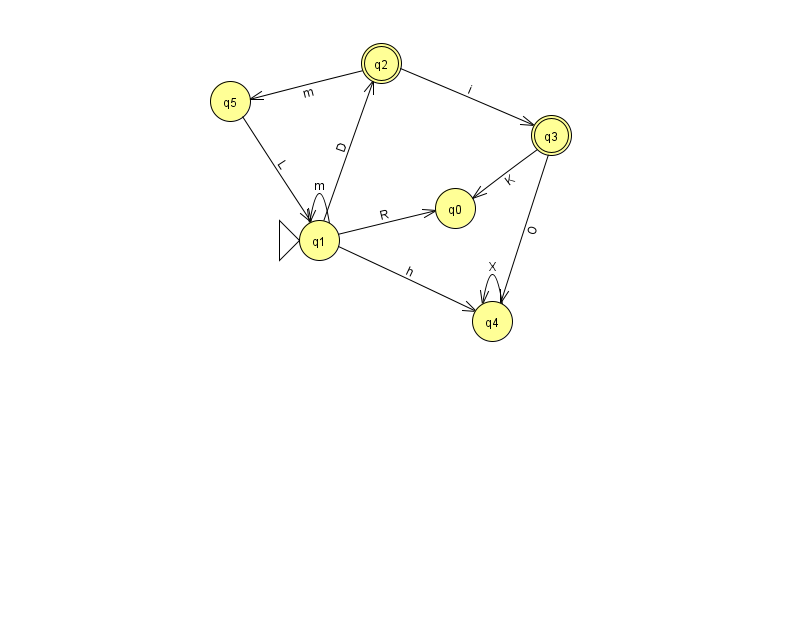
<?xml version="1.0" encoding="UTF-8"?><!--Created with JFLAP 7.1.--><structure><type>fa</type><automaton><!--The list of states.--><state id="0" name="q0"><x>455.0</x><y>195.0</y></state><state id="1" name="q1"><x>319.0</x><y>227.0</y><initial/></state><state id="2" name="q2"><x>381.0</x><y>50.0</y><final/></state><state id="3" name="q3"><x>551.0</x><y>122.0</y><final/></state><state id="4" name="q4"><x>492.0</x><y>308.0</y></state><state id="5" name="q5"><x>230.0</x><y>88.0</y></state><!--The list of transitions.--><transition><from>1</from><to>2</to><read>D</read></transition><transition><from>1</from><to>4</to><read>h</read></transition><transition><from>2</from><to>3</to><read>i</read></transition><transition><from>4</from><to>4</to><read>X</read></transition><transition><from>2</from><to>5</to><read>m</read></transition><transition><from>3</from><to>0</to><read>K</read></transition><transition><from>1</from><to>0</to><read>R</read></transition><transition><from>3</from><to>4</to><read>O</read></transition><transition><from>1</from><to>1</to><read>m</read></transition><transition><from>5</from><to>1</to><read>L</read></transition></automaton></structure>